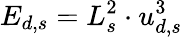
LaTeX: E_{d,s}=L_{s}^{2}\cdot u_{d,s}^{3}